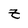
Character: z